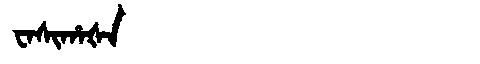
Manchu: ᠸᠠᠰᡳᡥᠠᡧᠠ
Romanization: WASIHAŠA